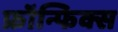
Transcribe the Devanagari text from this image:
फ्रॉन्फिक्स